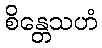
စိန္တေသဟံ